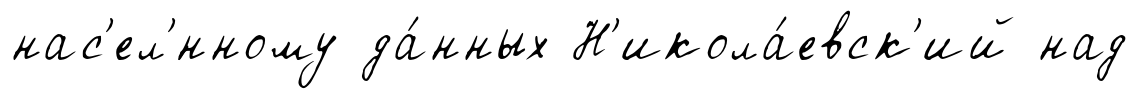
нас'ел'́нному да́нных Н'икола́евск'ий над